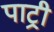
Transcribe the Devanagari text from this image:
पाट्री